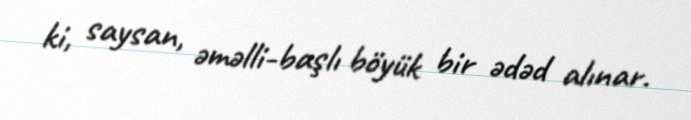
ki, saysan, əməlli-başlı böyük bir ədəd alınar.